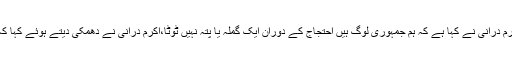
اسلام آبادہائیکورٹ میں پیشی کے بعد میڈیاسے گفتگو کرتے ہوئے اکرم درانی نے کہا ہے کہ ہم جمہوری لوگ ہیں احتجاج کے دوران ایک گملہ یا پتہ نہیں ٹوٹا،اکرم درانی نے دھمکی دیتے ہوئے کہا کہ آزادی مارچ کے بعدہائی ویزپورے اضلاع اور ملک بند کردیں گے۔